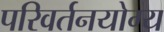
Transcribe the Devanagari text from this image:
परिवर्तनयोग्य